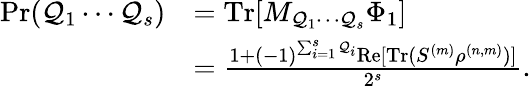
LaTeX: \begin{array}{rl}{\textrm{Pr}(\mathcal{Q}_{1}\cdots\mathcal{Q}_{s})}&{=\textrm{Tr}[M_{\mathcal{Q}_{1}\cdots\mathcal{Q}_{s}}\Phi_{1}]}\\ &{=\frac{1+(-1)^{\sum_{i=1}^{s}\mathcal{Q}_{i}}\textrm{Re}[\textrm{Tr}(S^{(m)}\rho^{(n,m)})]}{2^{s}}.}\end{array}